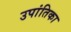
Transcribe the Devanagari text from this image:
उपांतिका